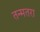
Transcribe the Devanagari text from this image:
तन्मतरा